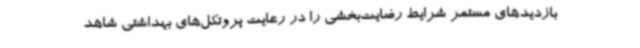
بازدیدهای مستمر شرایط رضایت‌بخشی را در رعایت پروتکل‌های بهداشتی شاهد